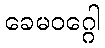
ခေမဝဂ္ဂေါ